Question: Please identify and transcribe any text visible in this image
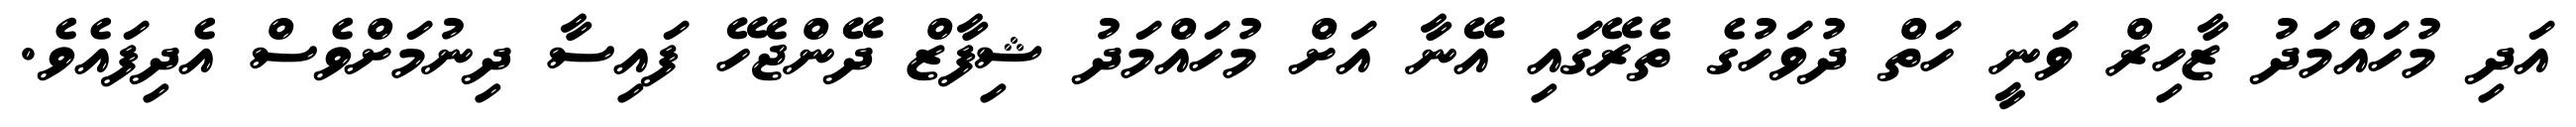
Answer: އަދި މުހައްމަދު ޒާހިރް ވަނީ ހަތް ދުވަހުގެ ތެރޭގައި އޭނާ އަށް މުހައްމަދު ޝިފާޒް ދޭންޖެހޭ ފައިސާ ދިނުމަށްވެސް އެދިފައެވެ.